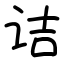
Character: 诘